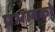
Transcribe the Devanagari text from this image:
प्रभावको